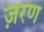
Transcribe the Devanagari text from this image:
ज़रण